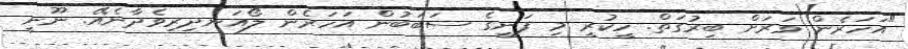
"އަހަރެން ވަރަށް ބިރުގަތް. ހީކުރީ މި ފަނީގެ ސަބަބުން އަހަރެން ލޯއަނދިރިވެދާނެއޭ. ނޫނީ